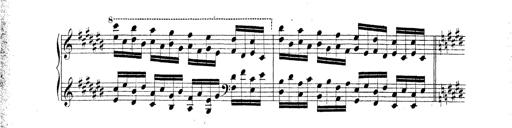
Title: Technische Studien
Composer: Franz Liszt